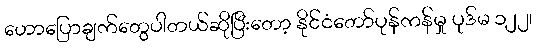
ဟောပြောချက်တွေပါတယ်ဆိုပြီးတော့ နိုင်ငံတော်ပုန်ကန်မှု ပုဒ်မ ၁၂၂၊